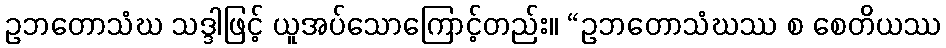
ဥဘတောသံဃ သဒ္ဒါဖြင့် ယူအပ်သောကြောင့်တည်း။ “ဥဘတောသံဃဿ စ စေတိယဿ